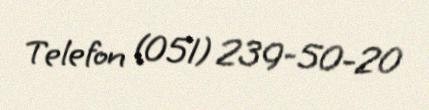
Telefon (051) 239-50-20